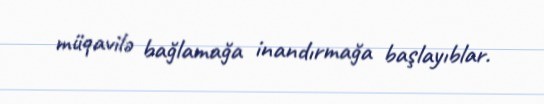
müqavilə bağlamağa inandırmağa başlayıblar.